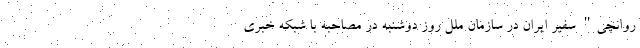
روانچی" سفیر ایران در سازمان ملل روز دوشنبه در مصاحبه با شبکه خبری